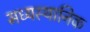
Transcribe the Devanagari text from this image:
मध्यस्थानिक